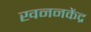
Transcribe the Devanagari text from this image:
खननकेंद्र